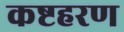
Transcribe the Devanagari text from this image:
कष्टहरण